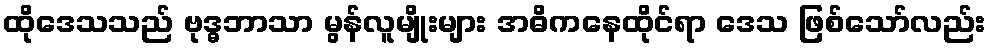
ထိုဒေသသည် ဗုဒ္ဓဘာသာ မွန်လူမျိုးများ အဓိကနေထိုင်ရာ ဒေသ ဖြစ်သော်လည်း